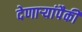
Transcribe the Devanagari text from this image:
देणार्‍यांपैकी